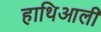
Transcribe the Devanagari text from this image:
हाथिआली